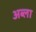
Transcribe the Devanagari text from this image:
अब्ला